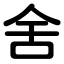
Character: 舍